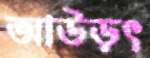
আউড়ৎ